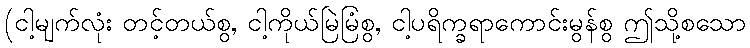
(ငါ့မျက်လုံး တင့်တယ်စွ, ငါ့ကိုယ်မြဲမြံစွ, ငါ့ပရိက္ခရာကောင်းမွန်စွ ဤသို့စသော